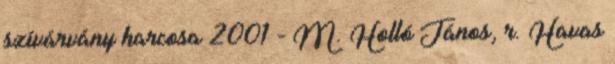
szívárvány harcosa 2001 - M. Holló János, r. Havas